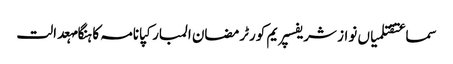
سماعتقتلمیاں نواز شریفسپریم کورٹرمضان المبارکپانامہ کا ہنگامہعدالت